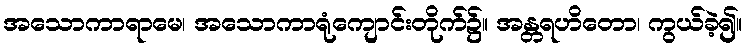
အသောကာရာမေ၊ အသောကာရုံကျောင်းတိုက်၌။ အန္တရဟိတော၊ ကွယ်ခဲ့၍။